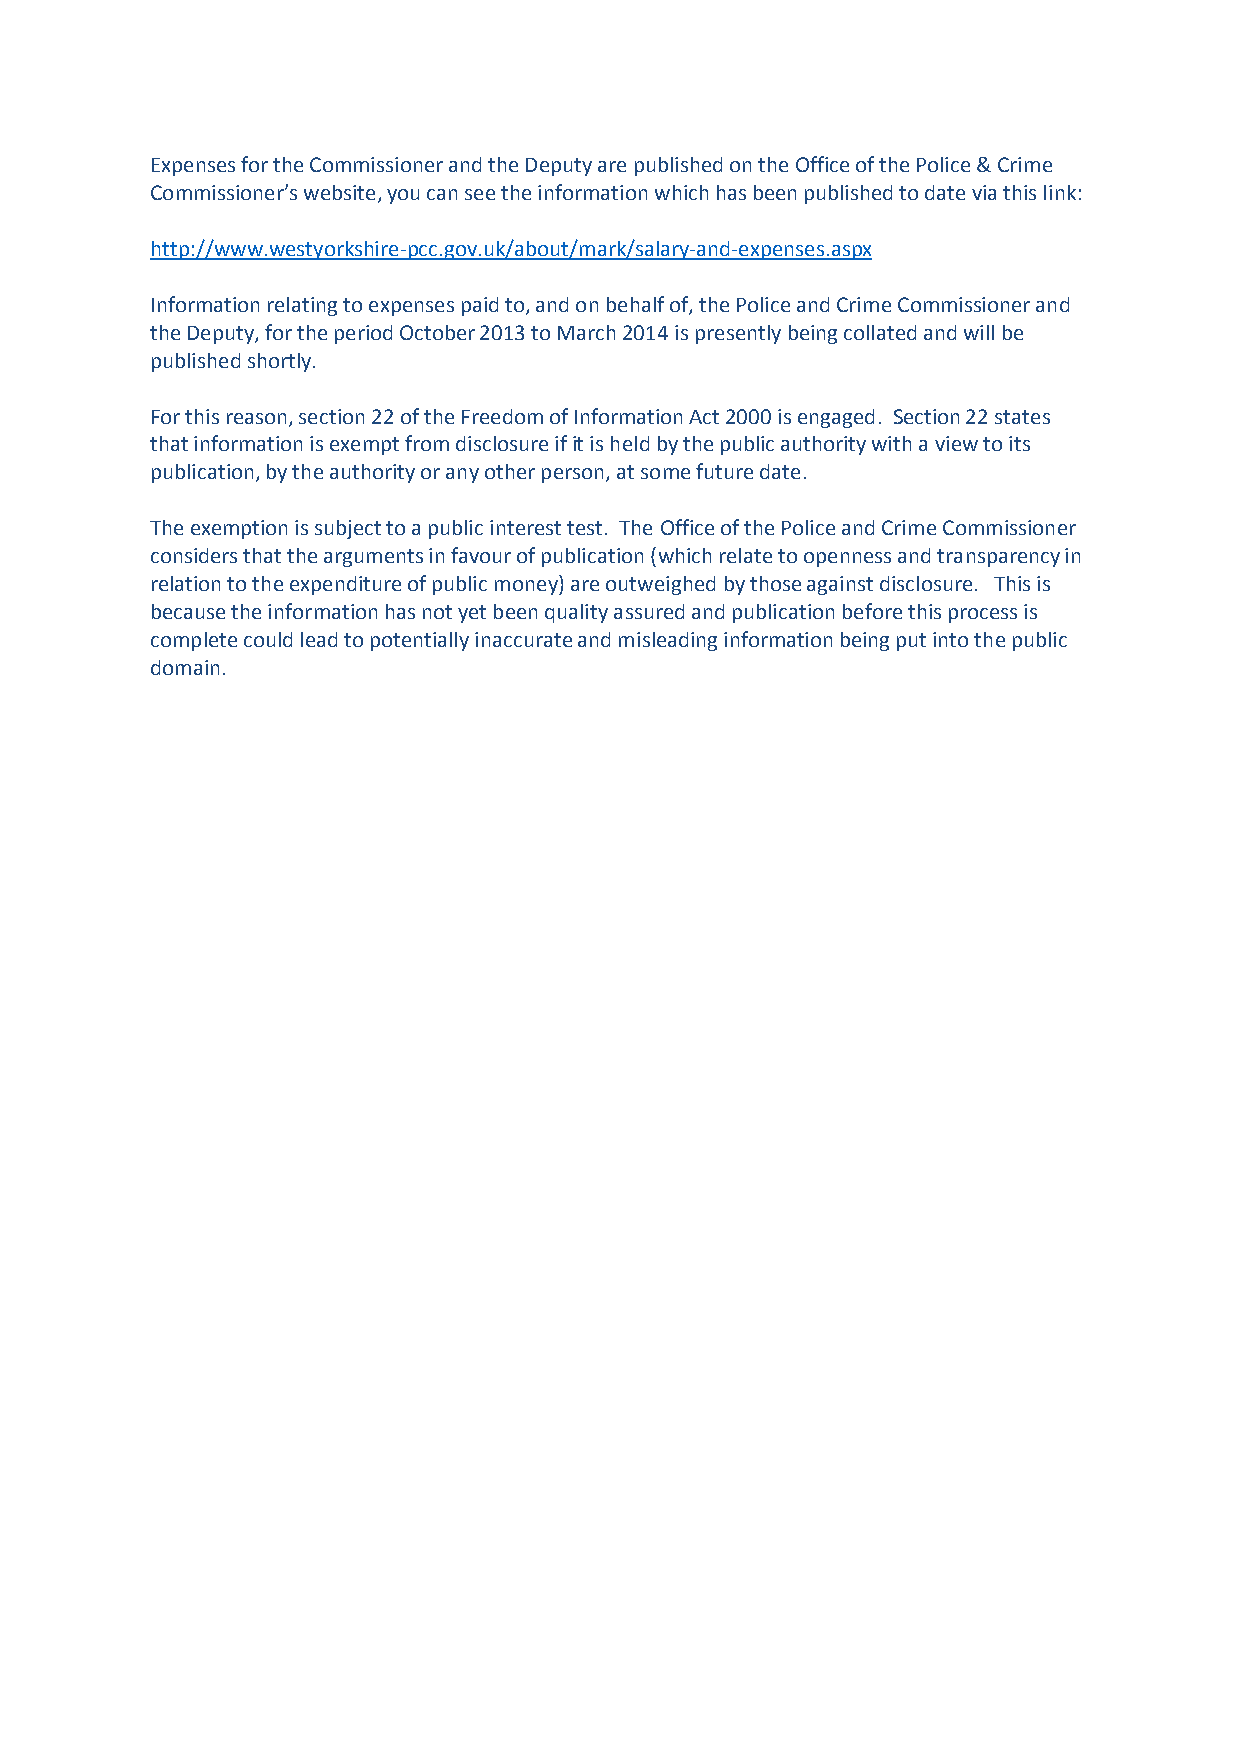
Expenses for the Commissioner and the Deputy are published on the Office of the Police & Crime
 Commissioner’s website, you can see the information which has been published to date via this link:
 http://www.westyorkshire-pcc.gov.uk/about/mark/salary-and-expenses.aspx
 Information relating to expenses paid to, and on behalf of, the Police and Crime Commissioner and
 the Deputy, for the period October 2013 to March 2014 is presently being collated and will be
 published shortly.
 For this reason, section 22 of the Freedom of Information Act 2000 is engaged. Section 22 states
 that information is exempt from disclosure if it is held by the public authority with a view to its
 publication, by the authority or any other person, at some future date.
 The exemption is subject to a public interest test. The Office of the Police and Crime Commissioner
 considers that the arguments in favour of publication (which relate to openness and transparency in
 relation to the expenditure of public money) are outweighed by those against disclosure. This is
 because the information has not yet been quality assured and publication before this process is
 complete could lead to potentially inaccurate and misleading information being put into the public
 domain.